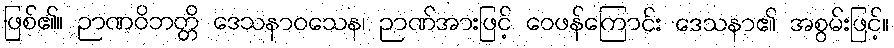
ဖြစ်၏။ ဉာဏဝိဘတ္တိ ဒေသနာဝသေန၊ ဉာဏ်အားဖြင့် ဝေဖန်ကြောင်း ဒေသနာ၏ အစွမ်းဖြင့်။